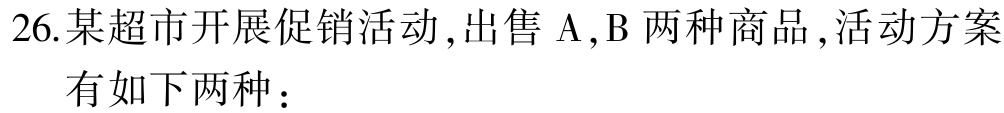
26.某超市开展促销活动,出售$\mathrm{A},\mathrm{B}$两种商品,活动方案

有如下两种：